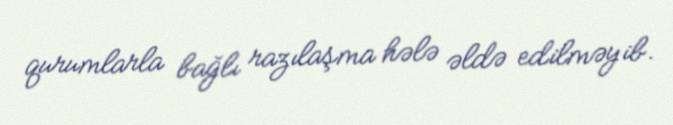
qurumlarla bağlı razılaşma hələ əldə edilməyib.